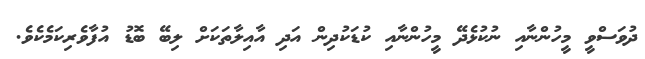
ދުވަސްވީ މީހުންނާއި ނުކުޅެދޭ މީހުންނާއި ކުޑަކުދިން އަދި އާއިލާތަކަށް ލިބޭ ބޮޑު އުފާވެރިކަމެކެވެ.